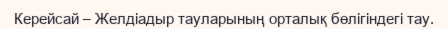
Керейсай – Желдіадыр тауларының орталық бөлігіндегі тау.